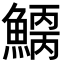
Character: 𩺂